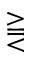
\gtreqqless